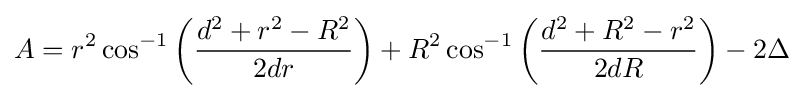
A=r^{2}\cos ^{-1}\left({\frac {d^{2}+r^{2}-R^{2}}{2dr}}\right)+R^{2}\cos ^{-1}\left({\frac {d^{2}+R^{2}-r^{2}}{2dR}}\right)-2\Delta